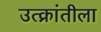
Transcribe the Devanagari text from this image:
उत्क्रांतीला